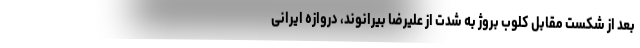
بعد از شکست مقابل کلوب بروژ به شدت از علیرضا بیرانوند، دروازه ایرانی